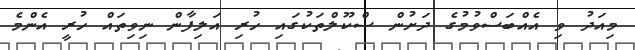
މިއަދު ވި އެއްބަސްވުމުގެ ދަށުން ސްކޫލްތަކުގައި ހުރި އަލިފާން ނިވިތައް ހުރީ އެންމެ